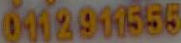
0112911555